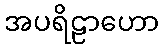
အပရိဠာဟော